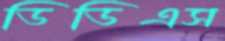
ডিডিএস